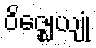
ဝိဇ္ဈေယျုံ